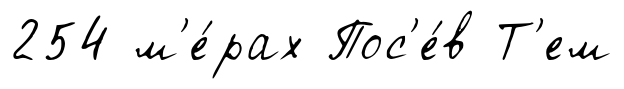
254 м'е́рах Пос'е́в Т'ем